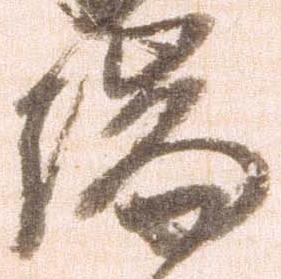
端